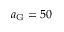
a _ { \mathrm { G } } = 5 0